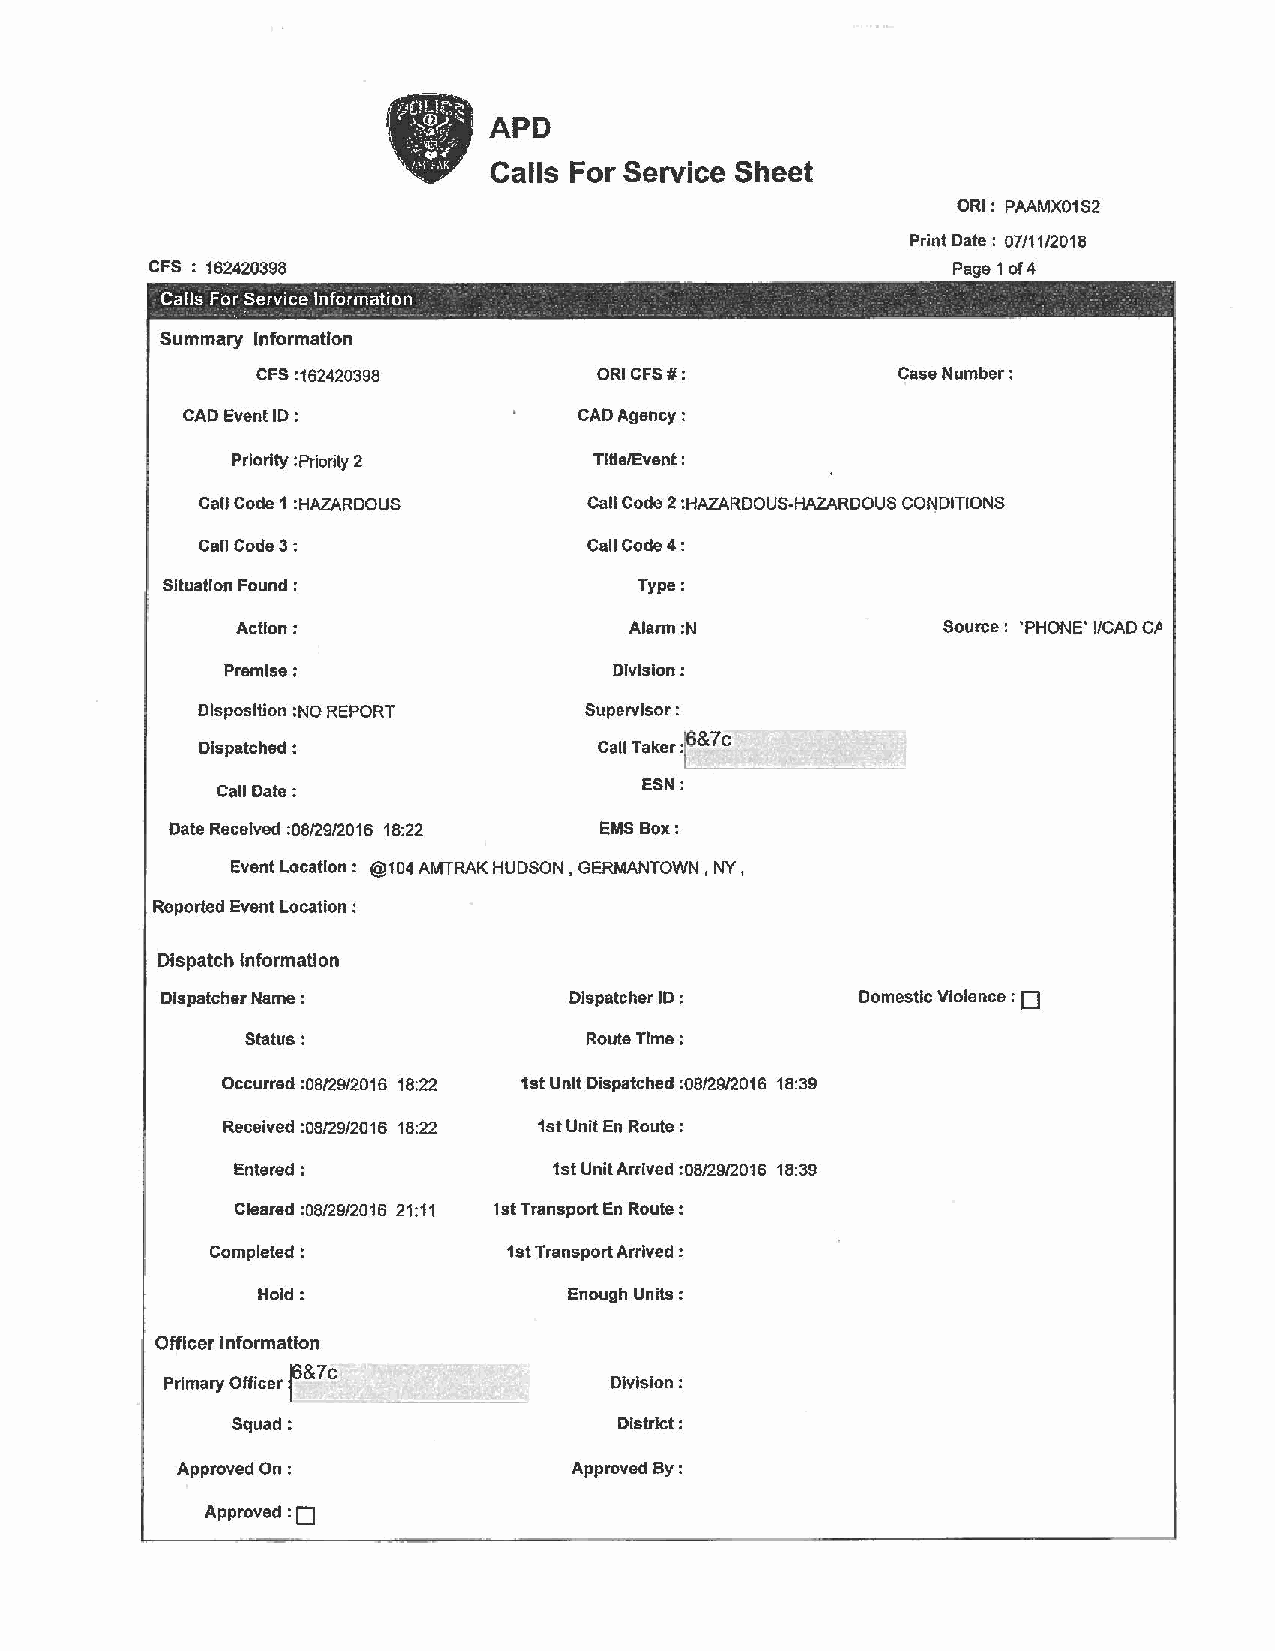
APD
 Calls For Service Sheet
 ORI: PAAMX01S2
 Print Date : 07/11/2018
 CFS : 162420398                                      Page 1 of 4
 .                                                 . -
 Calls For Service lnfo_rmation
 .  -   -  -     - '  -         -                               '
 - - - -   - - - - --   -
 Summary Information
 CFS :162420398         ORI CFS#:          Case Number :
 CAD Event ID :            CAD Agency:
 Priority :Priority 2    TiUe/Event :
 Call Code 1 :HAZARDOUS    Call Code 2 :HAZARDOUS-HAZARDOUS COt',!DITIONS
 Call Code 3;              Ca11Code4:
 Situation Found ;              Type:
 Action;                   Alarm :N            Source : 'PHONE' I/CAD CP
 Premise:                 Division:
 Disposition :NO REPORT    Supervisor :
 Dispatched :               Call Taker :f&7c ------
 ESN:
 Call Date:
 Date Received :08/29/2016 18:22 EMS Box:
 Event Location : @104 AMTRAK HUDSON , GERMANTOWN , NY,
 Reported Event Location :
 Dispatch Information
 O
 Dispatcher Name :          Dispatcher ID :    Domestic Vlolence :
 Status:                Route Time:
 Occurred :OB/29/2016 18:22 1st Unit Dispatched :08/29/2016 18:39
 Received :06/29/2016 18:22 1st Unit En Route:
 Entered:              1st Unit Arrived :08/29/2016 18:39
 Cleared :08/29/2016 21:11 1st Transport En Route :
 Completed:          1st Transport Arrived :
 Hold:                Enough Units :
 Officer Information
 Primary Officer
 {6 &7c
 Division:
 Squad:                    District:
 Approved On :             Approved By:
 :o
 Approved